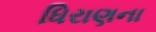
ધિરાણના